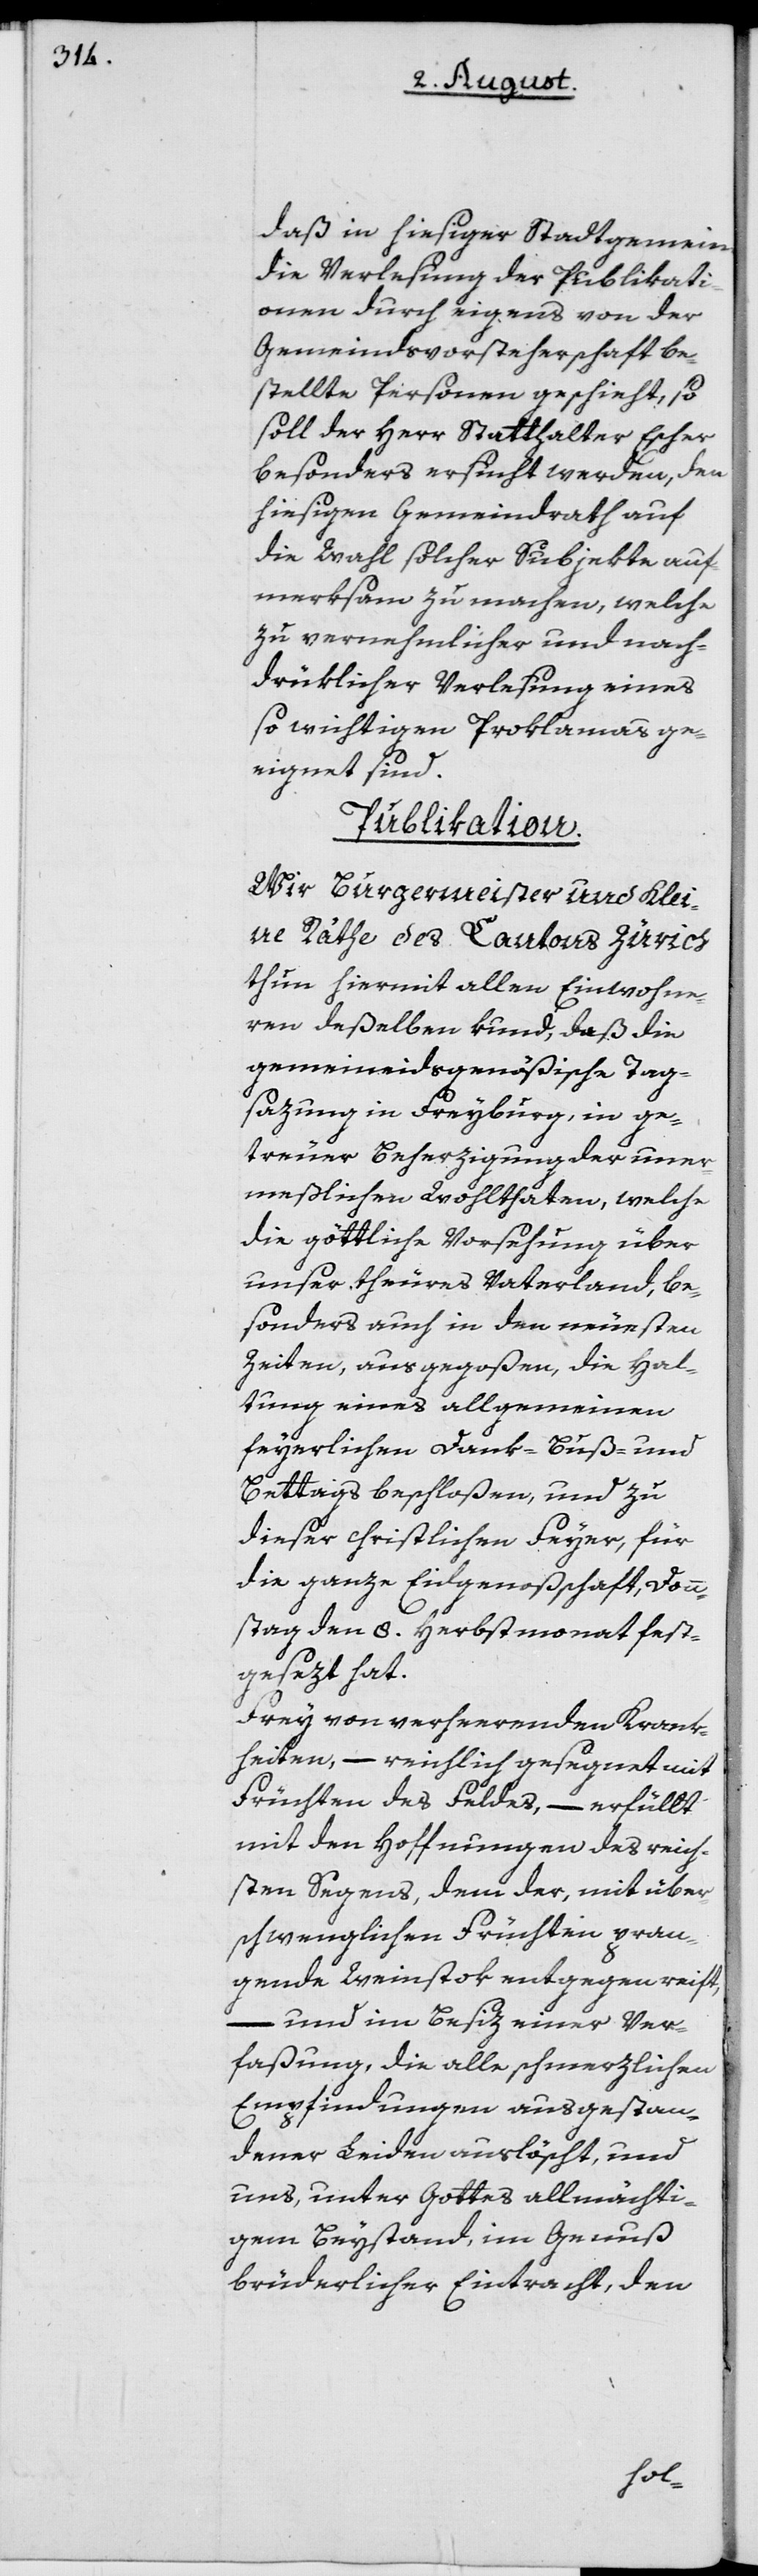
daß in hiesiger Stadtgemeinde
die Verlesung der Publikati¬
onen durch eigens von der
Gemeindsvorsteherschaft be¬
stellte Personen geschieht, so
soll der Herr Statthalter Escher
besonders ersucht werden, den
hiesigen Gemeindrath auf
die Wahl solcher Subjekte auf¬
merksam zu machen, welche
zu vernehmlicher und nach¬
drüklicher Verlesung eines
so wichtigen Proklamas ge¬
eignet sind.
Publikation.
Wir Burgermeister und Klei¬
ne Räthe des Cantons Zürich
thun hiermit allen Einwohne¬
ren deßelben kund, daß die
gemeineidsgenössische Tag¬
sazung in Freyburg, in ge¬
treuer Beherzigung der uner¬
meßlichen Wohlthaten, welche
die göttliche Vorsehung über
unser theures Vaterland, be¬
sonders auch in den neuesten
Zeiten, ausgegoßen, die Hal¬
tung eines allgemeinen
feyerlichen Dank- Buß- und
Bettags beschloßen, und zu
dieser christlichen Feyer, für
die ganze Eidgenoßschaft, Donn¬
stag den 8. Herbstmonat fest¬
gesezt hat.
Frey von verheerenden Krank¬
heiten, – reichlich gesegnet mit
Früchten des Feldes, – erfüllt
mit den Hoffnungen des reich¬
sten Segens, dem der, mit über¬
schwenglichen Früchten pran¬
gende Weinstok entgegen reift,
– und im Besiz einer Ver¬
faßung, die alle schmerzlichen
Empfindungen ausgestan¬
dener Leiden auslöscht, und
uns, unter Gottes allmächti¬
gem Beystand, im Genuß
brüderlicher Eintracht, den